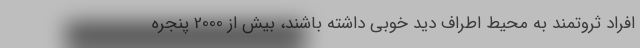
افراد ثروتمند به محیط اطراف دید خوبی داشته باشند، بیش از 2000 پنجره